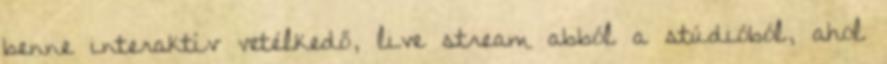
benne interaktív vetélkedő, live stream abból a stúdióból, ahol